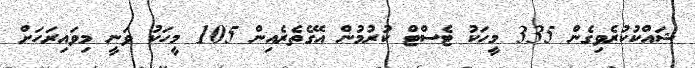
ޝައްކުކުރެވިގެން 335 މީހަކު ޓެސްޓް ކުރުމުން އޭގެތެރެއިން 105 މީހަކު ވަނީ މިވައިރަހަށް